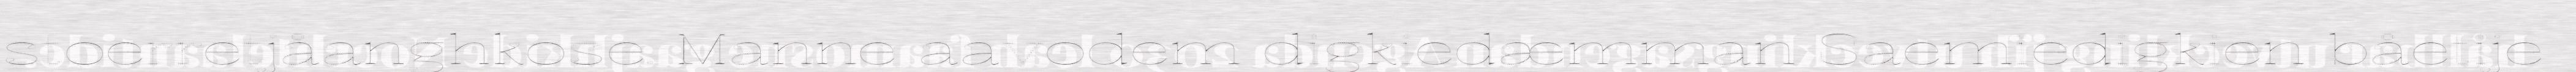
stoerretjåanghkose. Manne aavodem digkiedæmman Saemiedigkien båetije